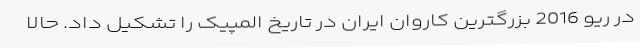
در ریو 2016 بزرگترین کاروان ایران در تاریخ المپیک را تشکیل داد. حالا